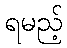
ရမည့်